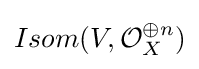
Isom(V,{\mathcal {O}}_{X}^{\oplus n})